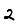
Digit: 2